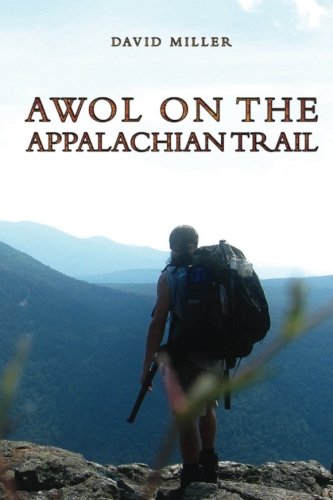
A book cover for AWOL on the Appalachian Trail; David Miller; Science & Math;